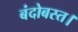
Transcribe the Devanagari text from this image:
बंदोबस्त।